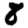
Digit: 8